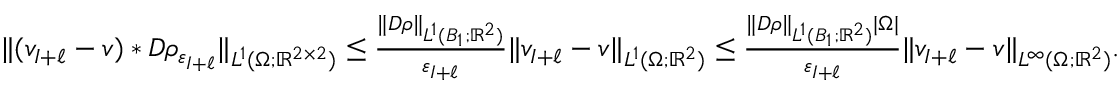
\begin{array} { r } { \| ( v _ { I + \ell } - v ) \ast D \rho _ { \varepsilon _ { I + \ell } } \| _ { L ^ { 1 } ( \Omega ; \mathbb R ^ { 2 \times 2 } ) } \leq \frac { \| D \rho \| _ { L ^ { 1 } ( B _ { 1 } ; \mathbb R ^ { 2 } ) } } { \varepsilon _ { I + \ell } } \| v _ { I + \ell } - v \| _ { L ^ { 1 } ( \Omega ; \mathbb R ^ { 2 } ) } \leq \frac { \| D \rho \| _ { L ^ { 1 } ( B _ { 1 } ; \mathbb R ^ { 2 } ) } | \Omega | } { \varepsilon _ { I + \ell } } \| v _ { I + \ell } - v \| _ { L ^ { \infty } ( \Omega ; \mathbb R ^ { 2 } ) } . } \end{array}